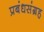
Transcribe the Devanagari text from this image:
प्रबंधसंग्रह